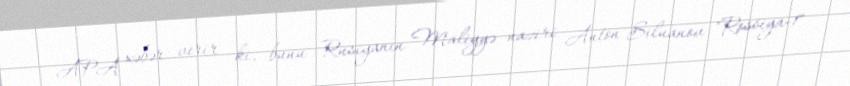
APA xəbər verir ki, bunu Rusiyanın Maliyyə naziri Anton Siluanov "Rossiya-1"